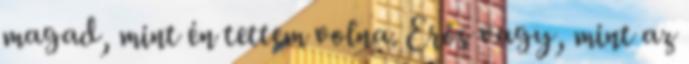
magad, mint én tettem volna. Erős vagy, mint az